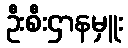
ဦးစီးဌာနမှူး